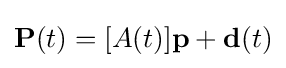
\mathbf {P} (t)=[A(t)]\mathbf {p} +\mathbf {d} (t)